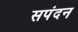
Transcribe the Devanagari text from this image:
सपंदन